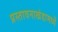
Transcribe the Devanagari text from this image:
प्रस्तावनाखंडामध्यें